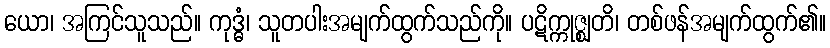
ယော၊ အကြင်သူသည်။ ကုဒ္ဓံ၊ သူတပါးအမျက်ထွက်သည်ကို။ ပဋိက္ကုဇ္ဈတိ၊ တစ်ဖန်အမျက်ထွက်၏။